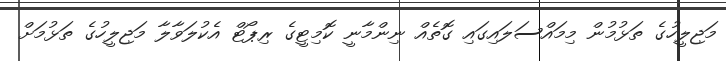
މަޖިލީހުގެ ތަޅުމުން މިމައްސަލައިގައި ގޮތެއް ނިންމާނީ ކޮމިޓީގެ ރިޕޯޓް އެކުލަވާލާ މަޖިލީހުގެ ތަޅުމަށް